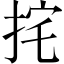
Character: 挓